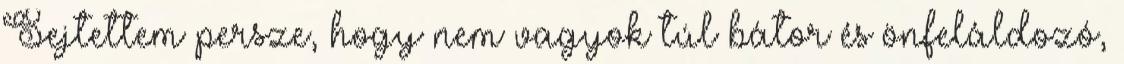
Sejtettem persze, hogy nem vagyok túl bátor és önfeláldozó,